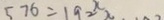
5 7 6 = 1 9 2 x